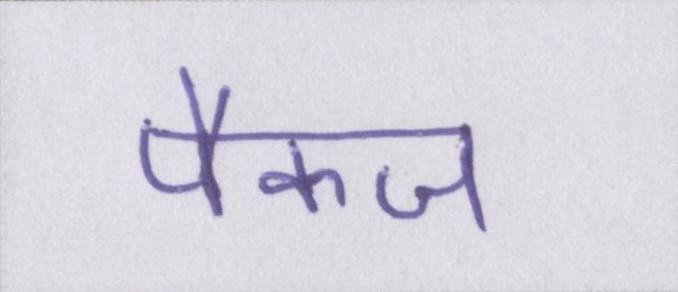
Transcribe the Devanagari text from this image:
पैकज